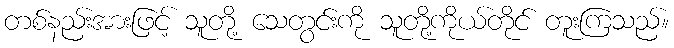
တစ်နည်းအားဖြင့် သူတို့ သေတွင်းကို သူတို့ကိုယ်တိုင် တူးကြသည်။